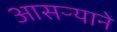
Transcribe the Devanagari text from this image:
आसऱ्याने